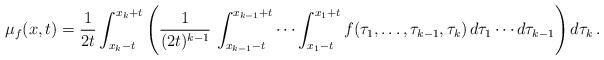
LaTeX: \begin{align*} \mu_f(x,t) = \frac{1}{2t}\int_{x_k-t}^{x_k+t}\left(\frac{1}{(2t)^{k-1}}\,\int_{x_{k-1}-t}^{x_{k-1}+t}\cdots\int_{x_1-t}^{x_1+t} f(\tau_1,\ldots,\tau_{k-1},\tau_k)\,d\tau_1\cdots d\tau_{k-1}\right) d\tau_k\,.\end{align*}